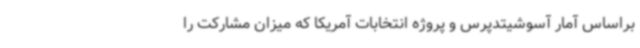
براساس آمار آسوشیتدپرس و پروژه انتخابات آمریکا که میزان مشارکت را